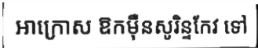
អាក្រោស ឱកម៉ឺនសូរិន្ទកែវ ទៅ